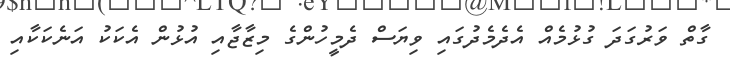
ގާތް ވަރުގަދަ ގުޅުމެއް އެދެމެދުގައި ވިޔަސް ދެމީހުންގެ މިޒާޖާއި އުޅުން އެކަކު އަނެކަކާއި